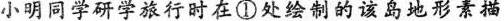
小明同学研学旅行时在①处绘制的该岛地形素描